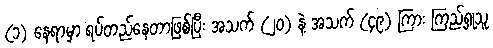
(၁) နေရာမှာ ရပ်တည်နေတာဖြစ်ပြီး အသက် (၂၀) နဲ့ အသက် (၄၉) ကြား ကြည့်ရှုသူ